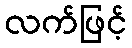
လက်ဖြင့်